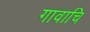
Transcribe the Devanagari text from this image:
गावाचि